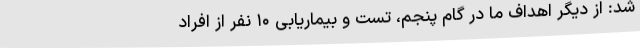
شد: از دیگر اهداف ما در گام پنجم، تست و بیماریابی ۱۰ نفر از افراد